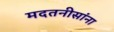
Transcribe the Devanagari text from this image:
मदतनीसांना